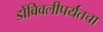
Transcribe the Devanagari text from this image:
डोंबिवलीपर्यंतचा